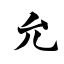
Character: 允